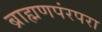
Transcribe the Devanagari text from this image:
ब्राह्मणपंरपरा